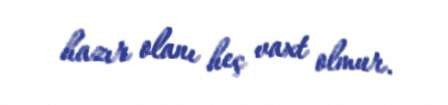
hazır olanı heç vaxt olmur.